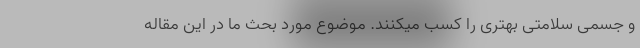
و جسمی سلامتی بهتری را کسب میکنند. موضوع مورد بحث ما در این مقاله